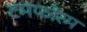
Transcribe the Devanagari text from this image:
टमफोरम